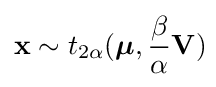
\mathbf {x} \sim t_{2\alpha }({\boldsymbol {\mu }},{\frac {\beta }{\alpha }}\mathbf {V} )\!